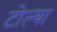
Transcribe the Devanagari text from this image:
टोल्या